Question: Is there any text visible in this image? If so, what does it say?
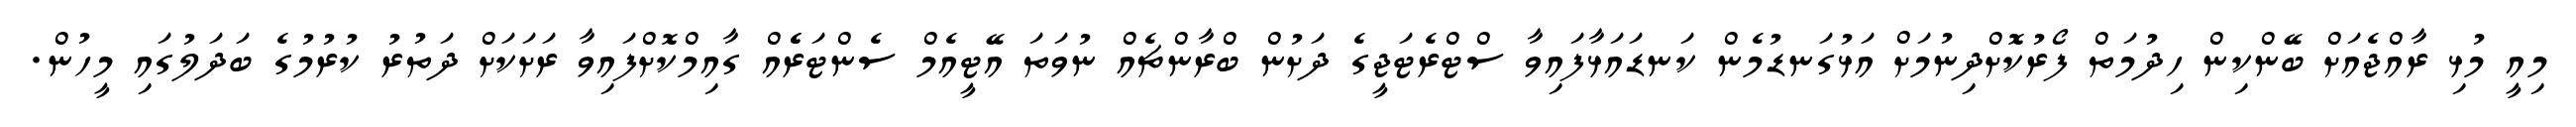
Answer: މިއީ މުޅި ރާއްޖެއަށް ބޭންކިން ހިދުމަތް ފޯރުކޮށްދިނުމަށް އަޅުގަނޑުމެން ކަނޑައަޅާފައިވާ ސްޓްރެޓަޖީގެ ދަށުން ބްރާންޗެއް ނުވަތަ އޭޓީއެމް ސެންޓަރެެއް ގާއިމްކޮށްފައިވާ ރަށަކަށް ދަތުރު ކުރުމުގެ ބަދަލުގައި މީހުން.